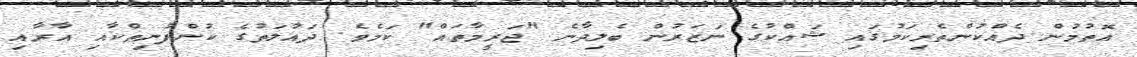
އޮތުމުން ދެއްކުންތެރިކަމުގައި ޝައްކުގެ ނަޒަރުން ބެލިދާނެ "ޖަރީމާތައް" ކަމެވެ. ދައުލަތުގެ ކުންފުނިތްކާއި އާރާއި